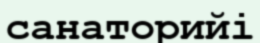
санаторийі